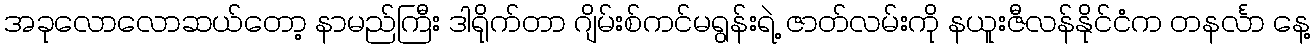
အခုလောလောဆယ်တော့ နာမည်ကြီး ဒါရိုက်တာ ဂျိမ်းစ်ကင်မရွန်းရဲ့ ဇာတ်လမ်းကို နယူးဇီလန်နိုင်ငံက တနင်္လာ နေ့